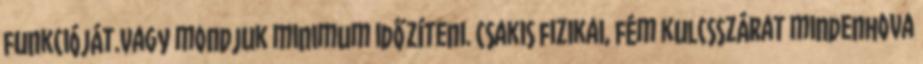
funkcióját.Vagy mondjuk minimum időzíteni. Csakis fizikai, fém kulcsszárat mindenhova